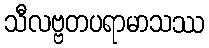
သီလဗ္ဗတပရာမာသဿ